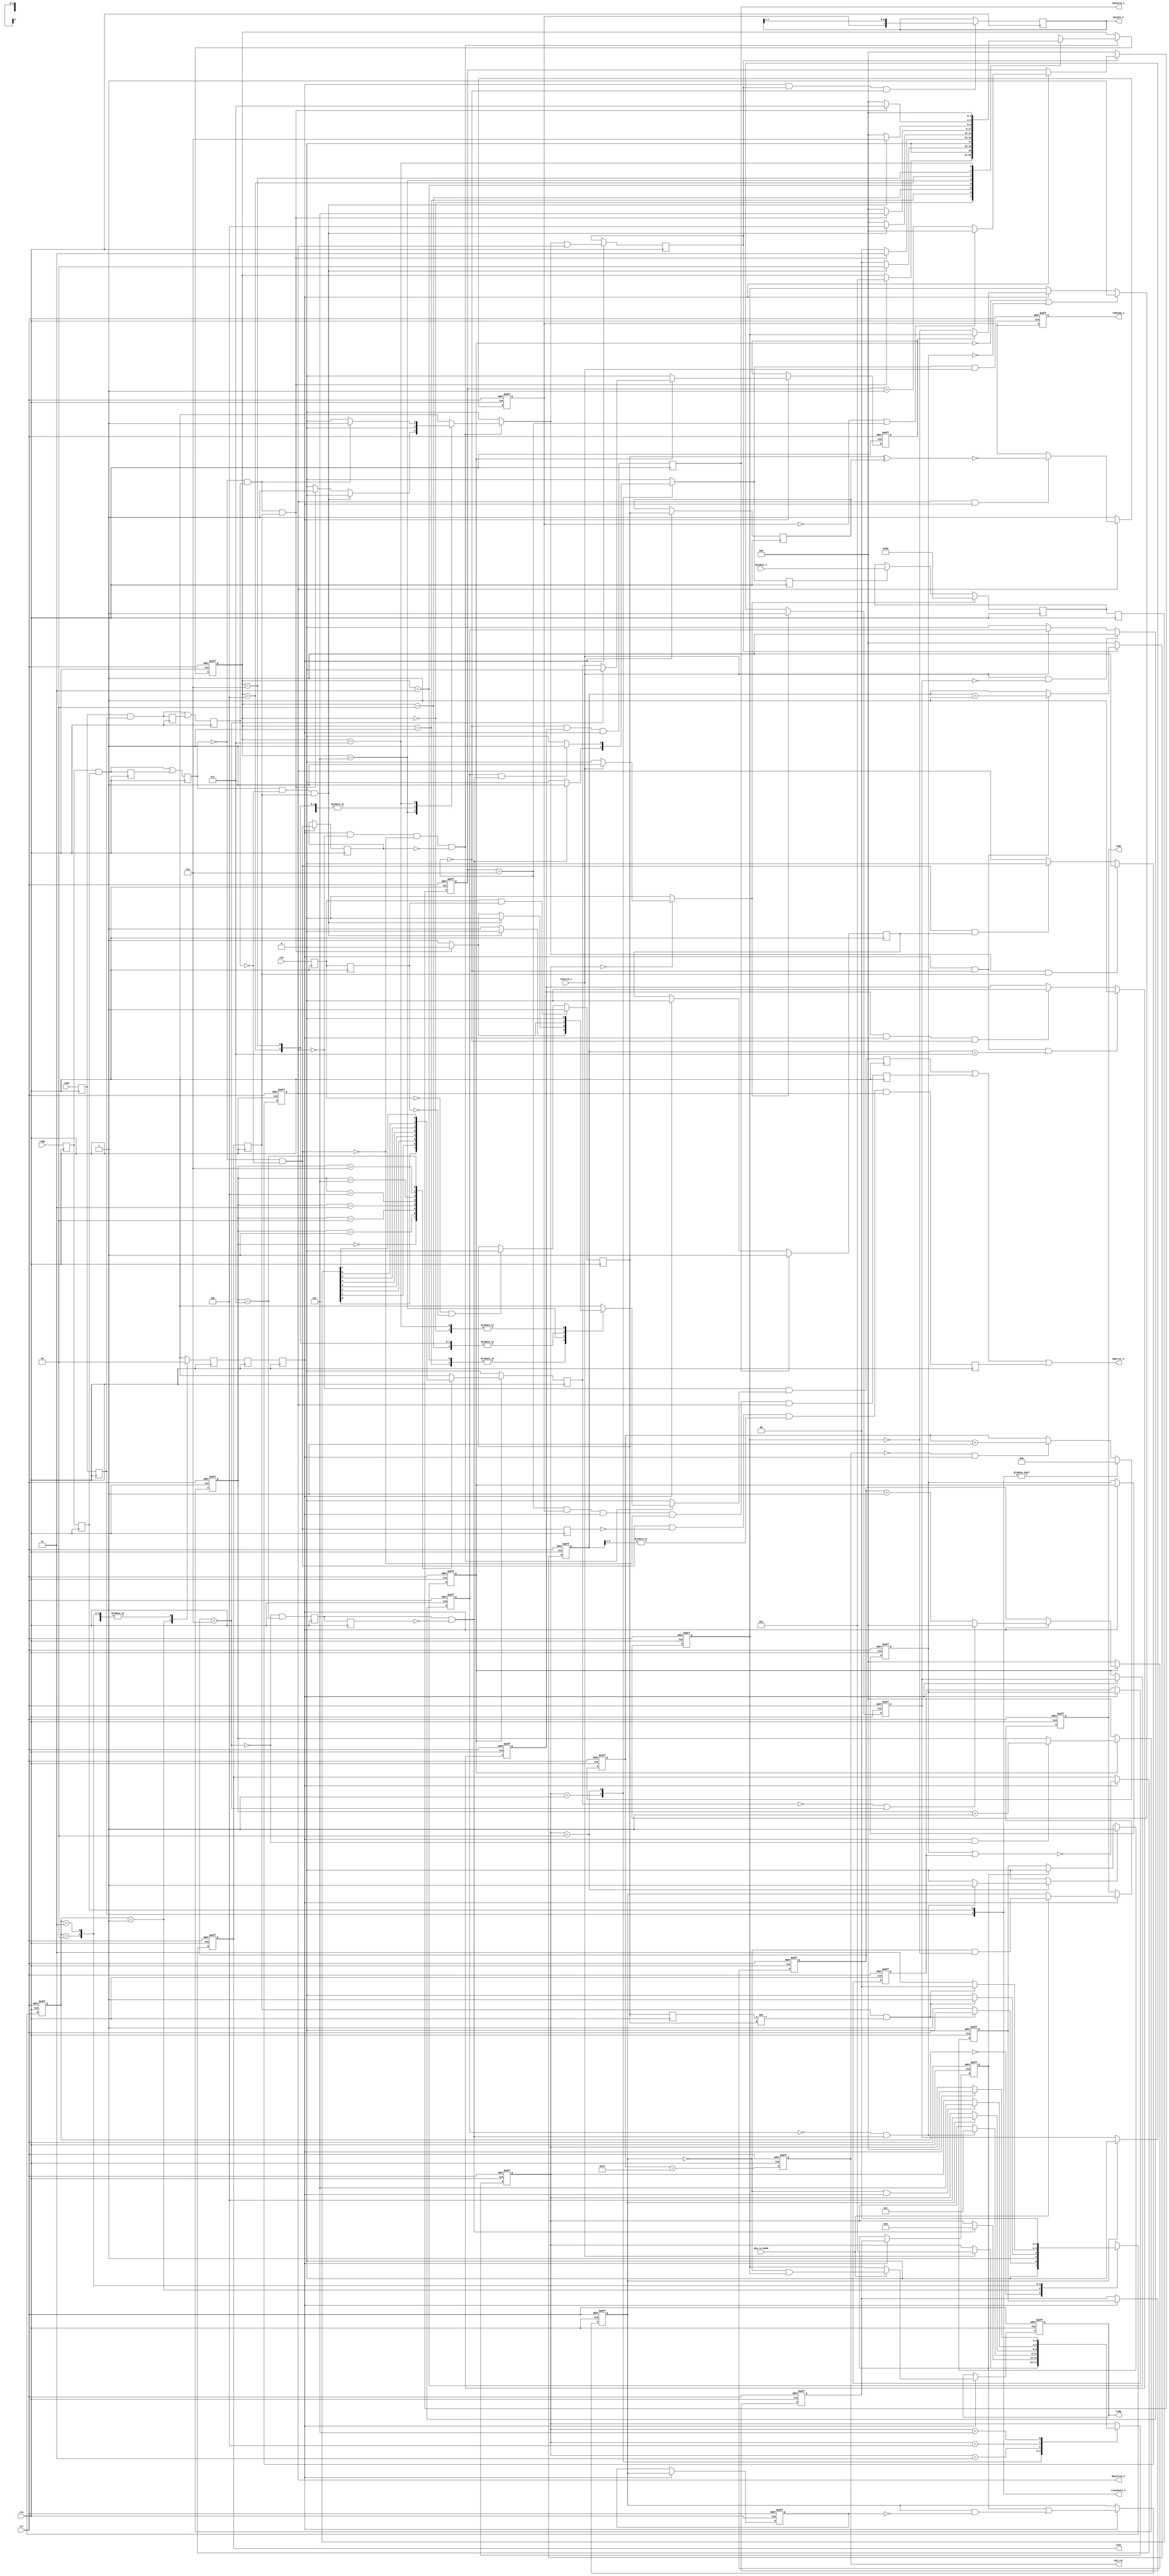
module usb_phy(
        clk,
        rst,
        phy_tx_mode,
        usb_rst,
        txdp,
        txdn,
        txoe,
        rxd,
        rxdp,
        rxdn,
        DataOut_i,
        TxValid_i,
        TxReady_o,
        RxValid_o,
        RxActive_o,
        RxError_o,
        DataIn_o,
        LineState_o
    );
    parameter \i_tx_phy.IDLE   = 3'd0;
    parameter \i_tx_phy.SOP   = 3'h1;
    parameter \i_tx_phy.DATA   = 3'h2;
    parameter \i_tx_phy.EOP1   = 3'h3;
    parameter \i_tx_phy.EOP2   = 3'h4;
    parameter \i_tx_phy.WAIT   = 3'h5;
    parameter \i_rx_phy.FS_IDLE   = 3'h0;
    parameter \i_rx_phy.K1   = 3'h1;
    parameter \i_rx_phy.J1   = 3'h2;
    parameter \i_rx_phy.K2   = 3'h3;
    parameter \i_rx_phy.J2   = 3'h4;
    parameter \i_rx_phy.K3   = 3'h5;
    parameter \i_rx_phy.J3   = 3'h6;
    parameter \i_rx_phy.K4   = 3'h7;
    input clk;
    input rst;
    input phy_tx_mode;
    output reg  usb_rst;
    output txdp;
    output txdn;
    output txoe;
    input rxd;
    input rxdp;
    input rxdn;
    input [7:0] DataOut_i;
    input TxValid_i;
    output TxReady_o;
    output [7:0] DataIn_o;
    output RxValid_o;
    output RxActive_o;
    output RxError_o;
    output [1:0] LineState_o;
    reg [4:0] rst_cnt;
    wire fs_ce;
    wire \i_tx_phy.clk ;
    wire \i_tx_phy.rst ;
    wire \i_tx_phy.fs_ce ;
    wire \i_tx_phy.phy_mode ;
    reg  \i_tx_phy.txdp ;
    reg  \i_tx_phy.txdn ;
    reg  \i_tx_phy.txoe ;
    wire [7:0] \i_tx_phy.DataOut_i ;
    wire \i_tx_phy.TxValid_i ;
    reg  \i_tx_phy.TxReady_o ;
    reg [2:0] \i_tx_phy.state ;
    reg [2:0] \i_tx_phy.next_state ;
    reg  \i_tx_phy.tx_ready_d ;
    reg  \i_tx_phy.ld_sop_d ;
    reg  \i_tx_phy.ld_data_d ;
    reg  \i_tx_phy.ld_eop_d ;
    reg  \i_tx_phy.tx_ip ;
    reg  \i_tx_phy.tx_ip_sync ;
    reg [2:0] \i_tx_phy.bit_cnt ;
    reg [7:0] \i_tx_phy.hold_reg ;
    reg [7:0] \i_tx_phy.hold_reg_d ;
    reg  \i_tx_phy.sd_raw_o ;
    wire \i_tx_phy.hold ;
    reg  \i_tx_phy.data_done ;
    reg  \i_tx_phy.sft_done ;
    reg  \i_tx_phy.sft_done_r ;
    wire \i_tx_phy.sft_done_e ;
    reg  \i_tx_phy.ld_data ;
    wire \i_tx_phy.eop_done ;
    reg [2:0] \i_tx_phy.one_cnt ;
    wire \i_tx_phy.stuff ;
    reg  \i_tx_phy.sd_bs_o ;
    reg  \i_tx_phy.sd_nrzi_o ;
    reg  \i_tx_phy.append_eop ;
    reg  \i_tx_phy.append_eop_sync1 ;
    reg  \i_tx_phy.append_eop_sync2 ;
    reg  \i_tx_phy.append_eop_sync3 ;
    reg  \i_tx_phy.append_eop_sync4 ;
    reg  \i_tx_phy.txoe_r1 ;
    reg  \i_tx_phy.txoe_r2 ;
    wire \i_rx_phy.clk ;
    wire \i_rx_phy.rst ;
    reg  \i_rx_phy.fs_ce ;
    wire \i_rx_phy.rxd ;
    wire \i_rx_phy.rxdp ;
    wire \i_rx_phy.rxdn ;
    wire [7:0] \i_rx_phy.DataIn_o ;
    wire \i_rx_phy.RxValid_o ;
    wire \i_rx_phy.RxActive_o ;
    wire \i_rx_phy.RxError_o ;
    wire \i_rx_phy.RxEn_i ;
    wire [1:0] \i_rx_phy.LineState ;
    reg  \i_rx_phy.rxd_s0 ;
    reg  \i_rx_phy.rxd_s1 ;
    reg  \i_rx_phy.rxd_s ;
    reg  \i_rx_phy.rxdp_s0 ;
    reg  \i_rx_phy.rxdp_s1 ;
    reg  \i_rx_phy.rxdp_s ;
    reg  \i_rx_phy.rxdp_s_r ;
    reg  \i_rx_phy.rxdn_s0 ;
    reg  \i_rx_phy.rxdn_s1 ;
    reg  \i_rx_phy.rxdn_s ;
    reg  \i_rx_phy.rxdn_s_r ;
    reg  \i_rx_phy.synced_d ;
    wire \i_rx_phy.k ;
    wire \i_rx_phy.j ;
    wire \i_rx_phy.se0 ;
    reg  \i_rx_phy.rxd_r ;
    reg  \i_rx_phy.rx_en ;
    reg  \i_rx_phy.rx_active ;
    reg [2:0] \i_rx_phy.bit_cnt ;
    reg  \i_rx_phy.rx_valid1 ;
    reg  \i_rx_phy.rx_valid ;
    reg  \i_rx_phy.shift_en ;
    reg  \i_rx_phy.sd_r ;
    reg  \i_rx_phy.sd_nrzi ;
    reg [7:0] \i_rx_phy.hold_reg ;
    wire \i_rx_phy.drop_bit ;
    reg [2:0] \i_rx_phy.one_cnt ;
    reg [1:0] \i_rx_phy.dpll_state ;
    reg [1:0] \i_rx_phy.dpll_next_state ;
    reg  \i_rx_phy.fs_ce_d ;
    wire \i_rx_phy.change ;
    wire \i_rx_phy.lock_en ;
    reg [2:0] \i_rx_phy.fs_state ;
    reg [2:0] \i_rx_phy.fs_next_state ;
    reg  \i_rx_phy.rx_valid_r ;
    reg  \i_rx_phy.sync_err_d ;
    reg  \i_rx_phy.sync_err ;
    reg  \i_rx_phy.bit_stuff_err ;
    reg  \i_rx_phy.se0_r ;
    reg  \i_rx_phy.byte_err ;
    reg  \i_rx_phy.se0_s ;
    reg  \i_rx_phy.fs_ce_r1 ;
    reg  \i_rx_phy.fs_ce_r2 ;
    always @ (  posedge clk or  negedge rst)
    begin
        if (  !( rst) ) 
        begin
            rst_cnt <= 5'h0;
        end
        else
        begin 
            if ( LineState_o != 2'h0 ) 
            begin
                rst_cnt <= 5'h0;
            end
            else
            begin 
                if (  !( usb_rst) && fs_ce ) 
                begin
                    rst_cnt <= ( rst_cnt + 5'h1 );
                end
            end
        end
    end
    always @ (  posedge clk or  negedge rst)
    begin
        if (  !( rst) ) 
        begin
            usb_rst <= 1'b0;
        end
        else
        begin 
            usb_rst <= ( rst_cnt == 5'h1f );
        end
    end
    assign \i_tx_phy.clk  = clk;
    assign \i_tx_phy.rst  = rst;
    assign \i_tx_phy.fs_ce  = fs_ce;
    assign \i_tx_phy.phy_mode  = phy_tx_mode;
    assign txdp = \i_tx_phy.txdp ;
    assign txdn = \i_tx_phy.txdn ;
    assign txoe = \i_tx_phy.txoe ;
    assign \i_tx_phy.DataOut_i  = DataOut_i;
    assign \i_tx_phy.TxValid_i  = TxValid_i;
    assign TxReady_o = \i_tx_phy.TxReady_o ;
    always @ (  posedge \i_tx_phy.clk  or  negedge \i_tx_phy.rst )
    begin
        if (  !( \i_tx_phy.rst ) ) 
        begin
            \i_tx_phy.TxReady_o  <= 1'b0;
        end
        else
        begin 
            \i_tx_phy.TxReady_o  <= ( \i_tx_phy.tx_ready_d  & \i_tx_phy.TxValid_i  );
        end
    end
    always @ (  posedge \i_tx_phy.clk )
    begin
        \i_tx_phy.ld_data  <= \i_tx_phy.ld_data_d ;
    end
    always @ (  posedge \i_tx_phy.clk  or  negedge \i_tx_phy.rst )
    begin
        if (  !( \i_tx_phy.rst ) ) 
        begin
            \i_tx_phy.tx_ip  <= 1'b0;
        end
        else
        begin 
            if ( \i_tx_phy.ld_sop_d  ) 
            begin
                \i_tx_phy.tx_ip  <= 1'b1;
            end
            else
            begin 
                if ( \i_tx_phy.eop_done  ) 
                begin
                    \i_tx_phy.tx_ip  <= 1'b0;
                end
            end
        end
    end
    always @ (  posedge \i_tx_phy.clk  or  negedge \i_tx_phy.rst )
    begin
        if (  !( \i_tx_phy.rst ) ) 
        begin
            \i_tx_phy.tx_ip_sync  <= 1'b0;
        end
        else
        begin 
            if ( \i_tx_phy.fs_ce  ) 
            begin
                \i_tx_phy.tx_ip_sync  <= \i_tx_phy.tx_ip ;
            end
        end
    end
    always @ (  posedge \i_tx_phy.clk  or  negedge \i_tx_phy.rst )
    begin
        if (  !( \i_tx_phy.rst ) ) 
        begin
            \i_tx_phy.data_done  <= 1'b0;
        end
        else
        begin 
            if ( \i_tx_phy.TxValid_i  &&  !( \i_tx_phy.tx_ip ) ) 
            begin
                \i_tx_phy.data_done  <= 1'b1;
            end
            else
            begin 
                if (  !( \i_tx_phy.TxValid_i ) ) 
                begin
                    \i_tx_phy.data_done  <= 1'b0;
                end
            end
        end
    end
    always @ (  posedge \i_tx_phy.clk  or  negedge \i_tx_phy.rst )
    begin
        if (  !( \i_tx_phy.rst ) ) 
        begin
            \i_tx_phy.bit_cnt  <= 3'h0;
        end
        else
        begin 
            if (  !( \i_tx_phy.tx_ip_sync ) ) 
            begin
                \i_tx_phy.bit_cnt  <= 3'h0;
            end
            else
            begin 
                if ( \i_tx_phy.fs_ce  &&  !( \i_tx_phy.hold ) ) 
                begin
                    \i_tx_phy.bit_cnt  <= ( \i_tx_phy.bit_cnt  + 3'h1 );
                end
            end
        end
    end
    assign \i_tx_phy.hold  = \i_tx_phy.stuff ;
    always @ (  posedge \i_tx_phy.clk )
    begin
        if (  !( \i_tx_phy.tx_ip_sync ) ) 
        begin
            \i_tx_phy.sd_raw_o  <= 1'b0;
        end
        else
        begin 
            case ( \i_tx_phy.bit_cnt  ) 
            3'h0:
            begin
                \i_tx_phy.sd_raw_o  <= \i_tx_phy.hold_reg_d [0];
            end
            3'h1:
            begin
                \i_tx_phy.sd_raw_o  <= \i_tx_phy.hold_reg_d [1];
            end
            3'h2:
            begin
                \i_tx_phy.sd_raw_o  <= \i_tx_phy.hold_reg_d [2];
            end
            3'h3:
            begin
                \i_tx_phy.sd_raw_o  <= \i_tx_phy.hold_reg_d [3];
            end
            3'h4:
            begin
                \i_tx_phy.sd_raw_o  <= \i_tx_phy.hold_reg_d [4];
            end
            3'h5:
            begin
                \i_tx_phy.sd_raw_o  <= \i_tx_phy.hold_reg_d [5];
            end
            3'h6:
            begin
                \i_tx_phy.sd_raw_o  <= \i_tx_phy.hold_reg_d [6];
            end
            3'h7:
            begin
                \i_tx_phy.sd_raw_o  <= \i_tx_phy.hold_reg_d [7];
            end
            endcase
        end
    end
    always @ (  posedge \i_tx_phy.clk )
    begin
        \i_tx_phy.sft_done  <= (  !( \i_tx_phy.hold ) & ( \i_tx_phy.bit_cnt  == 3'h7 ) );
    end
    always @ (  posedge \i_tx_phy.clk )
    begin
        \i_tx_phy.sft_done_r  <= \i_tx_phy.sft_done ;
    end
    assign \i_tx_phy.sft_done_e  = ( \i_tx_phy.sft_done  &  !( \i_tx_phy.sft_done_r ) );
    always @ (  posedge \i_tx_phy.clk )
    begin
        if ( \i_tx_phy.ld_sop_d  ) 
        begin
            \i_tx_phy.hold_reg  <= 8'h80;
        end
        else
        begin 
            if ( \i_tx_phy.ld_data  ) 
            begin
                \i_tx_phy.hold_reg  <= \i_tx_phy.DataOut_i ;
            end
        end
    end
    always @ (  posedge \i_tx_phy.clk )
    begin
        \i_tx_phy.hold_reg_d  <= \i_tx_phy.hold_reg ;
    end
    always @ (  posedge \i_tx_phy.clk  or  negedge \i_tx_phy.rst )
    begin
        if (  !( \i_tx_phy.rst ) ) 
        begin
            \i_tx_phy.one_cnt  <= 3'h0;
        end
        else
        begin 
            if (  !( \i_tx_phy.tx_ip_sync ) ) 
            begin
                \i_tx_phy.one_cnt  <= 3'h0;
            end
            else
            begin 
                if ( \i_tx_phy.fs_ce  ) 
                begin
                    if (  !( \i_tx_phy.sd_raw_o ) || \i_tx_phy.stuff  ) 
                    begin
                        \i_tx_phy.one_cnt  <= 3'h0;
                    end
                    else
                    begin 
                        \i_tx_phy.one_cnt  <= ( \i_tx_phy.one_cnt  + 3'h1 );
                    end
                end
            end
        end
    end
    assign \i_tx_phy.stuff  = ( \i_tx_phy.one_cnt  == 3'h6 );
    always @ (  posedge \i_tx_phy.clk  or  negedge \i_tx_phy.rst )
    begin
        if (  !( \i_tx_phy.rst ) ) 
        begin
            \i_tx_phy.sd_bs_o  <= 1'h0;
        end
        else
        begin 
            if ( \i_tx_phy.fs_ce  ) 
            begin
                \i_tx_phy.sd_bs_o  <= ( (  !( \i_tx_phy.tx_ip_sync ) ) ? ( 1'b0 ) : ( ( ( \i_tx_phy.stuff  ) ? ( 1'b0 ) : ( \i_tx_phy.sd_raw_o  ) ) ) );
            end
        end
    end
    always @ (  posedge \i_tx_phy.clk  or  negedge \i_tx_phy.rst )
    begin
        if (  !( \i_tx_phy.rst ) ) 
        begin
            \i_tx_phy.sd_nrzi_o  <= 1'b1;
        end
        else
        begin 
            if (  !( \i_tx_phy.tx_ip_sync ) ||  !( \i_tx_phy.txoe_r1 ) ) 
            begin
                \i_tx_phy.sd_nrzi_o  <= 1'b1;
            end
            else
            begin 
                if ( \i_tx_phy.fs_ce  ) 
                begin
                    \i_tx_phy.sd_nrzi_o  <= ( ( \i_tx_phy.sd_bs_o  ) ? ( \i_tx_phy.sd_nrzi_o  ) : (  ~( \i_tx_phy.sd_nrzi_o ) ) );
                end
            end
        end
    end
    always @ (  posedge \i_tx_phy.clk  or  negedge \i_tx_phy.rst )
    begin
        if (  !( \i_tx_phy.rst ) ) 
        begin
            \i_tx_phy.append_eop  <= 1'b0;
        end
        else
        begin 
            if ( \i_tx_phy.ld_eop_d  ) 
            begin
                \i_tx_phy.append_eop  <= 1'b1;
            end
            else
            begin 
                if ( \i_tx_phy.append_eop_sync2  ) 
                begin
                    \i_tx_phy.append_eop  <= 1'b0;
                end
            end
        end
    end
    always @ (  posedge \i_tx_phy.clk  or  negedge \i_tx_phy.rst )
    begin
        if (  !( \i_tx_phy.rst ) ) 
        begin
            \i_tx_phy.append_eop_sync1  <= 1'b0;
        end
        else
        begin 
            if ( \i_tx_phy.fs_ce  ) 
            begin
                \i_tx_phy.append_eop_sync1  <= \i_tx_phy.append_eop ;
            end
        end
    end
    always @ (  posedge \i_tx_phy.clk  or  negedge \i_tx_phy.rst )
    begin
        if (  !( \i_tx_phy.rst ) ) 
        begin
            \i_tx_phy.append_eop_sync2  <= 1'b0;
        end
        else
        begin 
            if ( \i_tx_phy.fs_ce  ) 
            begin
                \i_tx_phy.append_eop_sync2  <= \i_tx_phy.append_eop_sync1 ;
            end
        end
    end
    always @ (  posedge \i_tx_phy.clk  or  negedge \i_tx_phy.rst )
    begin
        if (  !( \i_tx_phy.rst ) ) 
        begin
            \i_tx_phy.append_eop_sync3  <= 1'b0;
        end
        else
        begin 
            if ( \i_tx_phy.fs_ce  ) 
            begin
                \i_tx_phy.append_eop_sync3  <= ( \i_tx_phy.append_eop_sync2  | ( \i_tx_phy.append_eop_sync3  &  !( \i_tx_phy.append_eop_sync4 ) ) );
            end
        end
    end
    always @ (  posedge \i_tx_phy.clk  or  negedge \i_tx_phy.rst )
    begin
        if (  !( \i_tx_phy.rst ) ) 
        begin
            \i_tx_phy.append_eop_sync4  <= 1'b0;
        end
        else
        begin 
            if ( \i_tx_phy.fs_ce  ) 
            begin
                \i_tx_phy.append_eop_sync4  <= \i_tx_phy.append_eop_sync3 ;
            end
        end
    end
    assign \i_tx_phy.eop_done  = \i_tx_phy.append_eop_sync3 ;
    always @ (  posedge \i_tx_phy.clk  or  negedge \i_tx_phy.rst )
    begin
        if (  !( \i_tx_phy.rst ) ) 
        begin
            \i_tx_phy.txoe_r1  <= 1'b0;
        end
        else
        begin 
            if ( \i_tx_phy.fs_ce  ) 
            begin
                \i_tx_phy.txoe_r1  <= \i_tx_phy.tx_ip_sync ;
            end
        end
    end
    always @ (  posedge \i_tx_phy.clk  or  negedge \i_tx_phy.rst )
    begin
        if (  !( \i_tx_phy.rst ) ) 
        begin
            \i_tx_phy.txoe_r2  <= 1'b0;
        end
        else
        begin 
            if ( \i_tx_phy.fs_ce  ) 
            begin
                \i_tx_phy.txoe_r2  <= \i_tx_phy.txoe_r1 ;
            end
        end
    end
    always @ (  posedge \i_tx_phy.clk  or  negedge \i_tx_phy.rst )
    begin
        if (  !( \i_tx_phy.rst ) ) 
        begin
            \i_tx_phy.txoe  <= 1'b1;
        end
        else
        begin 
            if ( \i_tx_phy.fs_ce  ) 
            begin
                \i_tx_phy.txoe  <=  !( ( \i_tx_phy.txoe_r1  | \i_tx_phy.txoe_r2  ));
            end
        end
    end
    always @ (  posedge \i_tx_phy.clk  or  negedge \i_tx_phy.rst )
    begin
        if (  !( \i_tx_phy.rst ) ) 
        begin
            \i_tx_phy.txdp  <= 1'b1;
        end
        else
        begin 
            if ( \i_tx_phy.fs_ce  ) 
            begin
                \i_tx_phy.txdp  <= ( ( \i_tx_phy.phy_mode  ) ? ( (  !( \i_tx_phy.append_eop_sync3 ) & \i_tx_phy.sd_nrzi_o  ) ) : ( \i_tx_phy.sd_nrzi_o  ) );
            end
        end
    end
    always @ (  posedge \i_tx_phy.clk  or  negedge \i_tx_phy.rst )
    begin
        if (  !( \i_tx_phy.rst ) ) 
        begin
            \i_tx_phy.txdn  <= 1'b0;
        end
        else
        begin 
            if ( \i_tx_phy.fs_ce  ) 
            begin
                \i_tx_phy.txdn  <= ( ( \i_tx_phy.phy_mode  ) ? ( (  !( \i_tx_phy.append_eop_sync3 ) &  ~( \i_tx_phy.sd_nrzi_o ) ) ) : ( \i_tx_phy.append_eop_sync3  ) );
            end
        end
    end
    always @ (  posedge \i_tx_phy.clk  or  negedge \i_tx_phy.rst )
    begin
        if (  !( \i_tx_phy.rst ) ) 
        begin
            \i_tx_phy.state  <= \i_tx_phy.IDLE ;
        end
        else
        begin 
            \i_tx_phy.state  <= \i_tx_phy.next_state ;
        end
    end
    always @ (  \i_tx_phy.state  or  \i_tx_phy.TxValid_i  or  \i_tx_phy.data_done  or  \i_tx_phy.sft_done_e  or  \i_tx_phy.eop_done  or  \i_tx_phy.fs_ce )
    begin
        \i_tx_phy.next_state  = \i_tx_phy.state ;
        \i_tx_phy.tx_ready_d  = 1'b0;
        \i_tx_phy.ld_sop_d  = 1'b0;
        \i_tx_phy.ld_data_d  = 1'b0;
        \i_tx_phy.ld_eop_d  = 1'b0;
        case ( \i_tx_phy.state  ) 
        \i_tx_phy.IDLE :
        begin
            if ( \i_tx_phy.TxValid_i  ) 
            begin
                \i_tx_phy.ld_sop_d  = 1'b1;
                \i_tx_phy.next_state  = \i_tx_phy.SOP ;
            end
        end
        \i_tx_phy.SOP :
        begin
            if ( \i_tx_phy.sft_done_e  ) 
            begin
                \i_tx_phy.tx_ready_d  = 1'b1;
                \i_tx_phy.ld_data_d  = 1'b1;
                \i_tx_phy.next_state  = \i_tx_phy.DATA ;
            end
        end
        \i_tx_phy.DATA :
        begin
            if (  !( \i_tx_phy.data_done ) && \i_tx_phy.sft_done_e  ) 
            begin
                \i_tx_phy.ld_eop_d  = 1'b1;
                \i_tx_phy.next_state  = \i_tx_phy.EOP1 ;
            end
            if ( \i_tx_phy.data_done  && \i_tx_phy.sft_done_e  ) 
            begin
                \i_tx_phy.tx_ready_d  = 1'b1;
                \i_tx_phy.ld_data_d  = 1'b1;
            end
        end
        \i_tx_phy.EOP1 :
        begin
            if ( \i_tx_phy.eop_done  ) 
            begin
                \i_tx_phy.next_state  = \i_tx_phy.EOP2 ;
            end
        end
        \i_tx_phy.EOP2 :
        begin
            if (  !( \i_tx_phy.eop_done ) && \i_tx_phy.fs_ce  ) 
            begin
                \i_tx_phy.next_state  = \i_tx_phy.WAIT ;
            end
        end
        \i_tx_phy.WAIT :
        begin
            if ( \i_tx_phy.fs_ce  ) 
            begin
                \i_tx_phy.next_state  = \i_tx_phy.IDLE ;
            end
        end
        endcase
    end
    assign \i_rx_phy.clk  = clk;
    assign \i_rx_phy.rst  = rst;
    assign fs_ce = \i_rx_phy.fs_ce ;
    assign \i_rx_phy.rxd  = rxd;
    assign \i_rx_phy.rxdp  = rxdp;
    assign \i_rx_phy.rxdn  = rxdn;
    assign DataIn_o = \i_rx_phy.DataIn_o ;
    assign RxValid_o = \i_rx_phy.RxValid_o ;
    assign RxActive_o = \i_rx_phy.RxActive_o ;
    assign RxError_o = \i_rx_phy.RxError_o ;
    assign \i_rx_phy.RxEn_i  = txoe;
    assign LineState_o = \i_rx_phy.LineState ;
    assign \i_rx_phy.RxActive_o  = \i_rx_phy.rx_active ;
    assign \i_rx_phy.RxValid_o  = \i_rx_phy.rx_valid ;
    assign \i_rx_phy.RxError_o  = ( ( \i_rx_phy.sync_err  | \i_rx_phy.bit_stuff_err  ) | \i_rx_phy.byte_err  );
    assign \i_rx_phy.DataIn_o  = \i_rx_phy.hold_reg ;
    assign \i_rx_phy.LineState  = { \i_rx_phy.rxdn_s1 , \i_rx_phy.rxdp_s1  };
    always @ (  posedge \i_rx_phy.clk )
    begin
        \i_rx_phy.rx_en  <= \i_rx_phy.RxEn_i ;
    end
    always @ (  posedge \i_rx_phy.clk )
    begin
        \i_rx_phy.sync_err  <= (  !( \i_rx_phy.rx_active ) & \i_rx_phy.sync_err_d  );
    end
    always @ (  posedge \i_rx_phy.clk )
    begin
        \i_rx_phy.rxd_s0  <= \i_rx_phy.rxd ;
    end
    always @ (  posedge \i_rx_phy.clk )
    begin
        \i_rx_phy.rxd_s1  <= \i_rx_phy.rxd_s0 ;
    end
    always @ (  posedge \i_rx_phy.clk )
    begin
        if ( \i_rx_phy.rxd_s0  && \i_rx_phy.rxd_s1  ) 
        begin
            \i_rx_phy.rxd_s  <= 1'b1;
        end
        else
        begin 
            if (  !( \i_rx_phy.rxd_s0 ) &&  !( \i_rx_phy.rxd_s1 ) ) 
            begin
                \i_rx_phy.rxd_s  <= 1'b0;
            end
        end
    end
    always @ (  posedge \i_rx_phy.clk )
    begin
        \i_rx_phy.rxdp_s0  <= \i_rx_phy.rxdp ;
    end
    always @ (  posedge \i_rx_phy.clk )
    begin
        \i_rx_phy.rxdp_s1  <= \i_rx_phy.rxdp_s0 ;
    end
    always @ (  posedge \i_rx_phy.clk )
    begin
        \i_rx_phy.rxdp_s_r  <= ( \i_rx_phy.rxdp_s0  & \i_rx_phy.rxdp_s1  );
    end
    always @ (  posedge \i_rx_phy.clk )
    begin
        \i_rx_phy.rxdp_s  <= ( ( \i_rx_phy.rxdp_s0  & \i_rx_phy.rxdp_s1  ) | \i_rx_phy.rxdp_s_r  );
    end
    always @ (  posedge \i_rx_phy.clk )
    begin
        \i_rx_phy.rxdn_s0  <= \i_rx_phy.rxdn ;
    end
    always @ (  posedge \i_rx_phy.clk )
    begin
        \i_rx_phy.rxdn_s1  <= \i_rx_phy.rxdn_s0 ;
    end
    always @ (  posedge \i_rx_phy.clk )
    begin
        \i_rx_phy.rxdn_s_r  <= ( \i_rx_phy.rxdn_s0  & \i_rx_phy.rxdn_s1  );
    end
    always @ (  posedge \i_rx_phy.clk )
    begin
        \i_rx_phy.rxdn_s  <= ( ( \i_rx_phy.rxdn_s0  & \i_rx_phy.rxdn_s1  ) | \i_rx_phy.rxdn_s_r  );
    end
    assign \i_rx_phy.k  = (  !( \i_rx_phy.rxdp_s ) & \i_rx_phy.rxdn_s  );
    assign \i_rx_phy.j  = ( \i_rx_phy.rxdp_s  &  !( \i_rx_phy.rxdn_s ) );
    assign \i_rx_phy.se0  = (  !( \i_rx_phy.rxdp_s ) &  !( \i_rx_phy.rxdn_s ) );
    always @ (  posedge \i_rx_phy.clk )
    begin
        if ( \i_rx_phy.fs_ce  ) 
        begin
            \i_rx_phy.se0_s  <= \i_rx_phy.se0 ;
        end
    end
    assign \i_rx_phy.lock_en  = \i_rx_phy.rx_en ;
    always @ (  posedge \i_rx_phy.clk )
    begin
        \i_rx_phy.rxd_r  <= \i_rx_phy.rxd_s ;
    end
    assign \i_rx_phy.change  = ( \i_rx_phy.rxd_r  != \i_rx_phy.rxd_s  );
    always @ (  posedge \i_rx_phy.clk  or  negedge \i_rx_phy.rst )
    begin
        if (  !( \i_rx_phy.rst ) ) 
        begin
            \i_rx_phy.dpll_state  <= 2'h1;
        end
        else
        begin 
            \i_rx_phy.dpll_state  <= \i_rx_phy.dpll_next_state ;
        end
    end
    always @ (  \i_rx_phy.dpll_state  or  \i_rx_phy.lock_en  or  \i_rx_phy.change )
    begin
        \i_rx_phy.fs_ce_d  = 1'b0;
        case ( \i_rx_phy.dpll_state  ) 
        2'h0:
        begin
            if ( \i_rx_phy.lock_en  && \i_rx_phy.change  ) 
            begin
                \i_rx_phy.dpll_next_state  = 2'h0;
            end
            else
            begin 
                \i_rx_phy.dpll_next_state  = 2'h1;
            end
        end
        2'h1:
        begin
            \i_rx_phy.fs_ce_d  = 1'b1;
            if ( \i_rx_phy.lock_en  && \i_rx_phy.change  ) 
            begin
                \i_rx_phy.dpll_next_state  = 2'h3;
            end
            else
            begin 
                \i_rx_phy.dpll_next_state  = 2'h2;
            end
        end
        2'h2:
        begin
            if ( \i_rx_phy.lock_en  && \i_rx_phy.change  ) 
            begin
                \i_rx_phy.dpll_next_state  = 2'h0;
            end
            else
            begin 
                \i_rx_phy.dpll_next_state  = 2'h3;
            end
        end
        2'h3:
        begin
            if ( \i_rx_phy.lock_en  && \i_rx_phy.change  ) 
            begin
                \i_rx_phy.dpll_next_state  = 2'h0;
            end
            else
            begin 
                \i_rx_phy.dpll_next_state  = 2'h0;
            end
        end
        endcase
    end
    always @ (  posedge \i_rx_phy.clk )
    begin
        \i_rx_phy.fs_ce_r1  <= \i_rx_phy.fs_ce_d ;
    end
    always @ (  posedge \i_rx_phy.clk )
    begin
        \i_rx_phy.fs_ce_r2  <= \i_rx_phy.fs_ce_r1 ;
    end
    always @ (  posedge \i_rx_phy.clk )
    begin
        \i_rx_phy.fs_ce  <= \i_rx_phy.fs_ce_r2 ;
    end
    always @ (  posedge \i_rx_phy.clk  or  negedge \i_rx_phy.rst )
    begin
        if (  !( \i_rx_phy.rst ) ) 
        begin
            \i_rx_phy.fs_state  <= \i_rx_phy.FS_IDLE ;
        end
        else
        begin 
            \i_rx_phy.fs_state  <= \i_rx_phy.fs_next_state ;
        end
    end
    always @ (  \i_rx_phy.fs_state  or  \i_rx_phy.fs_ce  or  \i_rx_phy.k  or  \i_rx_phy.j  or  \i_rx_phy.rx_en  or  \i_rx_phy.rx_active  or  \i_rx_phy.se0  or  \i_rx_phy.se0_s )
    begin
        \i_rx_phy.synced_d  = 1'b0;
        \i_rx_phy.sync_err_d  = 1'b0;
        \i_rx_phy.fs_next_state  = \i_rx_phy.fs_state ;
        if ( ( ( \i_rx_phy.fs_ce  &&  !( \i_rx_phy.rx_active ) ) &&  !( \i_rx_phy.se0 ) ) &&  !( \i_rx_phy.se0_s ) ) 
        begin
            case ( \i_rx_phy.fs_state  ) 
            \i_rx_phy.FS_IDLE :
            begin
                if ( \i_rx_phy.k  && \i_rx_phy.rx_en  ) 
                begin
                    \i_rx_phy.fs_next_state  = \i_rx_phy.K1 ;
                end
            end
            \i_rx_phy.K1 :
            begin
                if ( \i_rx_phy.j  && \i_rx_phy.rx_en  ) 
                begin
                    \i_rx_phy.fs_next_state  = \i_rx_phy.J1 ;
                end
                else
                begin
                    \i_rx_phy.sync_err_d  = 1'b1;
                    \i_rx_phy.fs_next_state  = \i_rx_phy.FS_IDLE ;
                end
            end
            \i_rx_phy.J1 :
            begin
                if ( \i_rx_phy.k  && \i_rx_phy.rx_en  ) 
                begin
                    \i_rx_phy.fs_next_state  = \i_rx_phy.K2 ;
                end
                else
                begin
                    \i_rx_phy.sync_err_d  = 1'b1;
                    \i_rx_phy.fs_next_state  = \i_rx_phy.FS_IDLE ;
                end
            end
            \i_rx_phy.K2 :
            begin
                if ( \i_rx_phy.j  && \i_rx_phy.rx_en  ) 
                begin
                    \i_rx_phy.fs_next_state  = \i_rx_phy.J2 ;
                end
                else
                begin
                    \i_rx_phy.sync_err_d  = 1'b1;
                    \i_rx_phy.fs_next_state  = \i_rx_phy.FS_IDLE ;
                end
            end
            \i_rx_phy.J2 :
            begin
                if ( \i_rx_phy.k  && \i_rx_phy.rx_en  ) 
                begin
                    \i_rx_phy.fs_next_state  = \i_rx_phy.K3 ;
                end
                else
                begin
                    \i_rx_phy.sync_err_d  = 1'b1;
                    \i_rx_phy.fs_next_state  = \i_rx_phy.FS_IDLE ;
                end
            end
            \i_rx_phy.K3 :
            begin
                if ( \i_rx_phy.j  && \i_rx_phy.rx_en  ) 
                begin
                    \i_rx_phy.fs_next_state  = \i_rx_phy.J3 ;
                end
                else
                begin 
                    if ( \i_rx_phy.k  && \i_rx_phy.rx_en  ) 
                    begin
                        \i_rx_phy.fs_next_state  = \i_rx_phy.FS_IDLE ;
                        \i_rx_phy.synced_d  = 1'b1;
                    end
                    else
                    begin
                        \i_rx_phy.sync_err_d  = 1'b1;
                        \i_rx_phy.fs_next_state  = \i_rx_phy.FS_IDLE ;
                    end
                end
            end
            \i_rx_phy.J3 :
            begin
                if ( \i_rx_phy.k  && \i_rx_phy.rx_en  ) 
                begin
                    \i_rx_phy.fs_next_state  = \i_rx_phy.K4 ;
                end
                else
                begin
                    \i_rx_phy.sync_err_d  = 1'b1;
                    \i_rx_phy.fs_next_state  = \i_rx_phy.FS_IDLE ;
                end
            end
            \i_rx_phy.K4 :
            begin
                if ( \i_rx_phy.k  ) 
                begin
                    \i_rx_phy.synced_d  = 1'b1;
                end
                \i_rx_phy.fs_next_state  = \i_rx_phy.FS_IDLE ;
            end
            endcase
        end
    end
    always @ (  posedge \i_rx_phy.clk  or  negedge \i_rx_phy.rst )
    begin
        if (  !( \i_rx_phy.rst ) ) 
        begin
            \i_rx_phy.rx_active  <= 1'b0;
        end
        else
        begin 
            if ( \i_rx_phy.synced_d  && \i_rx_phy.rx_en  ) 
            begin
                \i_rx_phy.rx_active  <= 1'b1;
            end
            else
            begin 
                if ( \i_rx_phy.se0  && \i_rx_phy.rx_valid_r  ) 
                begin
                    \i_rx_phy.rx_active  <= 1'b0;
                end
            end
        end
    end
    always @ (  posedge \i_rx_phy.clk )
    begin
        if ( \i_rx_phy.rx_valid  ) 
        begin
            \i_rx_phy.rx_valid_r  <= 1'b1;
        end
        else
        begin 
            if ( \i_rx_phy.fs_ce  ) 
            begin
                \i_rx_phy.rx_valid_r  <= 1'b0;
            end
        end
    end
    always @ (  posedge \i_rx_phy.clk )
    begin
        if ( \i_rx_phy.fs_ce  ) 
        begin
            \i_rx_phy.sd_r  <= \i_rx_phy.rxd_s ;
        end
    end
    always @ (  posedge \i_rx_phy.clk  or  negedge \i_rx_phy.rst )
    begin
        if (  !( \i_rx_phy.rst ) ) 
        begin
            \i_rx_phy.sd_nrzi  <= 1'b0;
        end
        else
        begin 
            if (  !( \i_rx_phy.rx_active ) ) 
            begin
                \i_rx_phy.sd_nrzi  <= 1'b1;
            end
            else
            begin 
                if ( \i_rx_phy.rx_active  && \i_rx_phy.fs_ce  ) 
                begin
                    \i_rx_phy.sd_nrzi  <=  !( ( \i_rx_phy.rxd_s  ^ \i_rx_phy.sd_r  ));
                end
            end
        end
    end
    always @ (  posedge \i_rx_phy.clk  or  negedge \i_rx_phy.rst )
    begin
        if (  !( \i_rx_phy.rst ) ) 
        begin
            \i_rx_phy.one_cnt  <= 3'h0;
        end
        else
        begin 
            if (  !( \i_rx_phy.shift_en ) ) 
            begin
                \i_rx_phy.one_cnt  <= 3'h0;
            end
            else
            begin 
                if ( \i_rx_phy.fs_ce  ) 
                begin
                    if (  !( \i_rx_phy.sd_nrzi ) || \i_rx_phy.drop_bit  ) 
                    begin
                        \i_rx_phy.one_cnt  <= 3'h0;
                    end
                    else
                    begin 
                        \i_rx_phy.one_cnt  <= ( \i_rx_phy.one_cnt  + 3'h1 );
                    end
                end
            end
        end
    end
    assign \i_rx_phy.drop_bit  = ( \i_rx_phy.one_cnt  == 3'h6 );
    always @ (  posedge \i_rx_phy.clk )
    begin
        \i_rx_phy.bit_stuff_err  <= ( ( ( ( \i_rx_phy.drop_bit  & \i_rx_phy.sd_nrzi  ) & \i_rx_phy.fs_ce  ) &  !( \i_rx_phy.se0 ) ) & \i_rx_phy.rx_active  );
    end
    always @ (  posedge \i_rx_phy.clk )
    begin
        if ( \i_rx_phy.fs_ce  ) 
        begin
            \i_rx_phy.shift_en  <= ( \i_rx_phy.synced_d  | \i_rx_phy.rx_active  );
        end
    end
    always @ (  posedge \i_rx_phy.clk )
    begin
        if ( ( \i_rx_phy.fs_ce  && \i_rx_phy.shift_en  ) &&  !( \i_rx_phy.drop_bit ) ) 
        begin
            \i_rx_phy.hold_reg  <= { \i_rx_phy.sd_nrzi , \i_rx_phy.hold_reg [7:1] };
        end
    end
    always @ (  posedge \i_rx_phy.clk  or  negedge \i_rx_phy.rst )
    begin
        if (  !( \i_rx_phy.rst ) ) 
        begin
            \i_rx_phy.bit_cnt  <= 3'b0;
        end
        else
        begin 
            if (  !( \i_rx_phy.shift_en ) ) 
            begin
                \i_rx_phy.bit_cnt  <= 3'h0;
            end
            else
            begin 
                if ( \i_rx_phy.fs_ce  &&  !( \i_rx_phy.drop_bit ) ) 
                begin
                    \i_rx_phy.bit_cnt  <= ( \i_rx_phy.bit_cnt  + 3'h1 );
                end
            end
        end
    end
    always @ (  posedge \i_rx_phy.clk  or  negedge \i_rx_phy.rst )
    begin
        if (  !( \i_rx_phy.rst ) ) 
        begin
            \i_rx_phy.rx_valid1  <= 1'b0;
        end
        else
        begin 
            if ( ( \i_rx_phy.fs_ce  &&  !( \i_rx_phy.drop_bit ) ) && ( \i_rx_phy.bit_cnt  == 3'h7 ) ) 
            begin
                \i_rx_phy.rx_valid1  <= 1'b1;
            end
            else
            begin 
                if ( ( \i_rx_phy.rx_valid1  && \i_rx_phy.fs_ce  ) &&  !( \i_rx_phy.drop_bit ) ) 
                begin
                    \i_rx_phy.rx_valid1  <= 1'b0;
                end
            end
        end
    end
    always @ (  posedge \i_rx_phy.clk )
    begin
        \i_rx_phy.rx_valid  <= ( (  !( \i_rx_phy.drop_bit ) & \i_rx_phy.rx_valid1  ) & \i_rx_phy.fs_ce  );
    end
    always @ (  posedge \i_rx_phy.clk )
    begin
        \i_rx_phy.se0_r  <= \i_rx_phy.se0 ;
    end
    always @ (  posedge \i_rx_phy.clk )
    begin
        \i_rx_phy.byte_err  <= ( ( ( \i_rx_phy.se0  &  !( \i_rx_phy.se0_r ) ) &  |( \i_rx_phy.bit_cnt [2:1]) ) & \i_rx_phy.rx_active  );
    end
endmodule